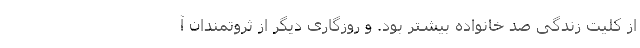
از کلیت زندگی صد خانواده بیشتر بود. و روزگاری دیگر از ثروتمندان آ